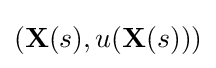
(\mathbf {X} (s),u(\mathbf {X} (s)))